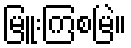
မြူးကြစမြဲ။